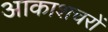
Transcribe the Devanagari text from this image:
आकाशचरों